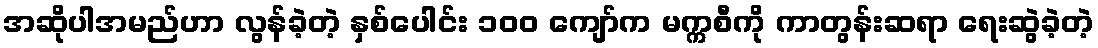
အဆိုပါအမည်ဟာ လွန်ခဲ့တဲ့ နှစ်ပေါင်း ၁၀၀ ကျော်က မက္ကစီကို ကာတွန်းဆရာ ရေးဆွဲခဲ့တဲ့